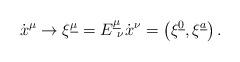
LaTeX: \begin{align*}{\dot{x}}^{\mu} \to\xi^{\underline{\mu}} = E^{\underline{\mu}}_{\ \nu} {\dot{x}}^{\nu}=\left( \xi^{\underline{0}}, \xi^{\underline{a}} \right).\end{align*}